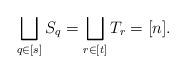
LaTeX: \begin{align*}\bigsqcup_{q\in [s]} S_q =\bigsqcup_{r \in [t]}T_r=[n].\end{align*}